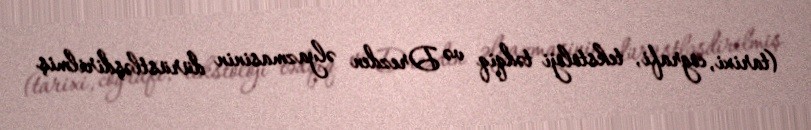
(tarixi, cografi, tekstoloji tədqiq və Drezden əlyazmasinin dürüstləşdirilmiş